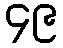
၄၉